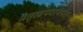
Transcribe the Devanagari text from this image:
नेतृत्वपदापर्यंत